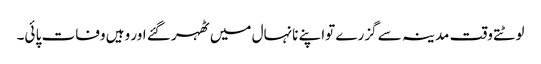
لوٹتے وقت مدینہ سے گزرے تواپنے نانہال میں ٹھہر گئے اور وہیں وفات پا ئی۔